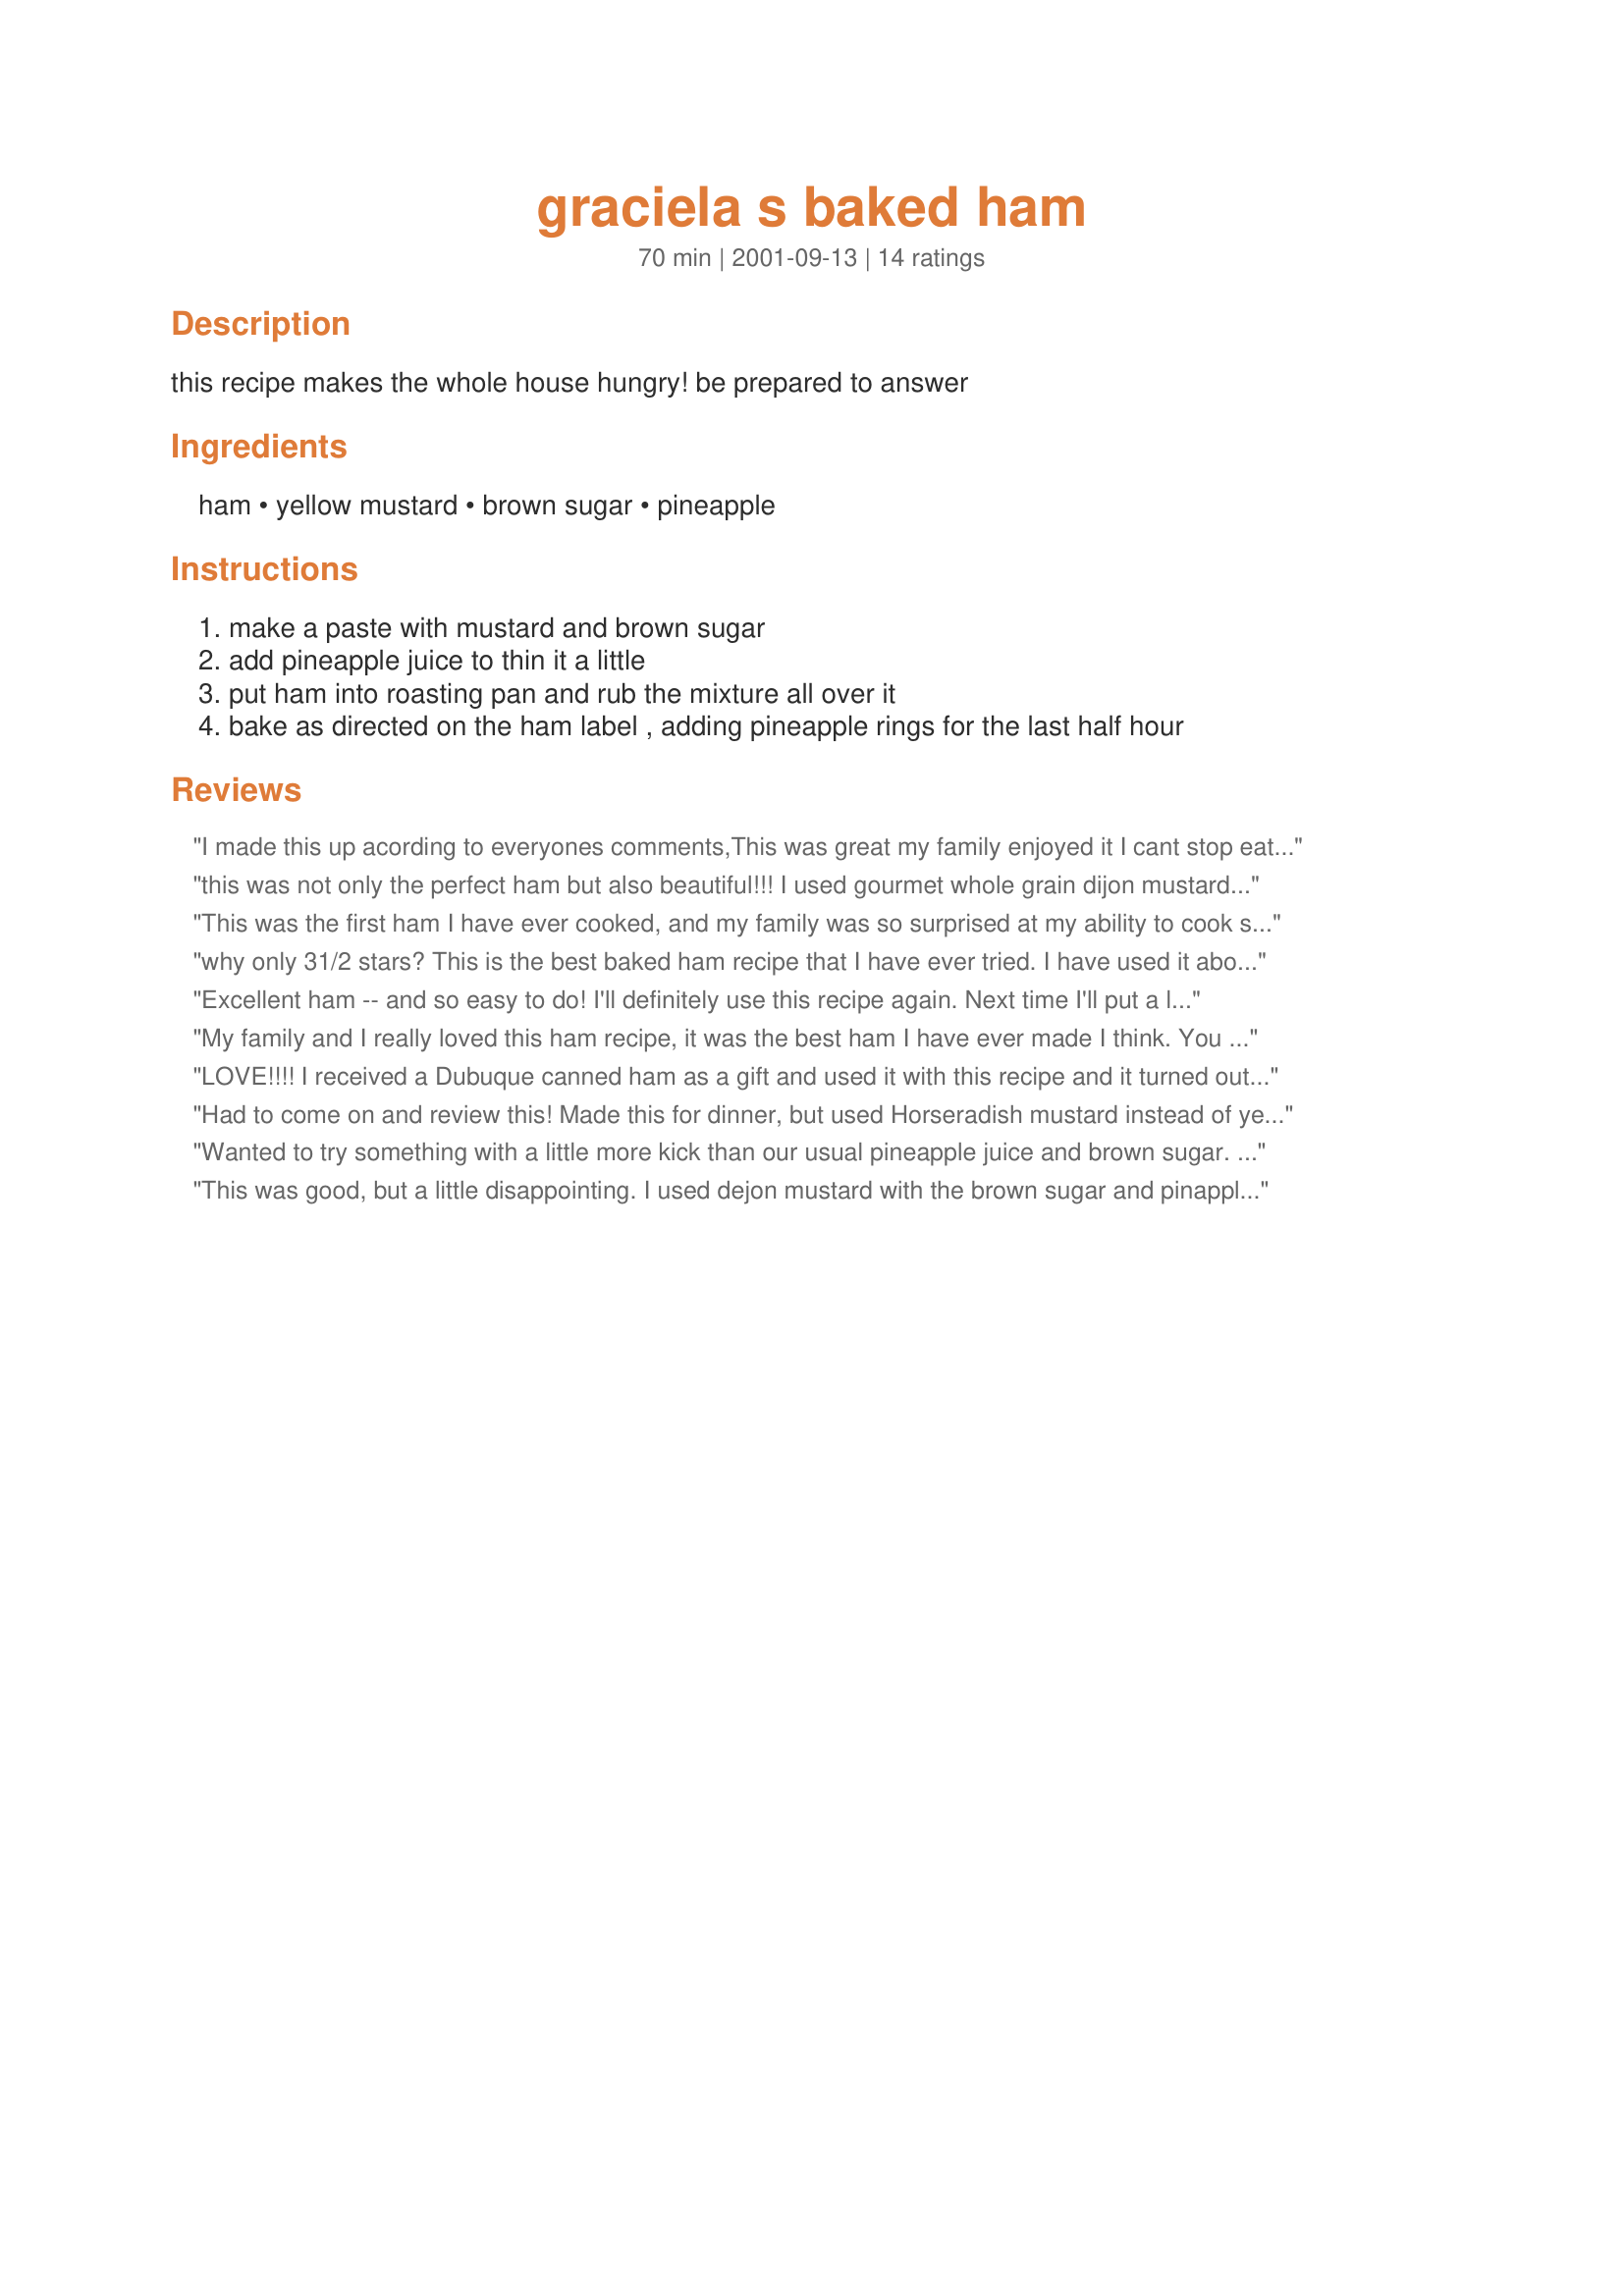
graciela s baked ham
Preparation time: 70 minutes

this recipe makes the whole house hungry! be prepared to answer

Ingredients:
ham, yellow mustard, brown sugar, pineapple

Steps:
make a paste with mustard and brown sugar
add pineapple juice to thin it a little
put ham into roasting pan and rub the mixture all over it
bake as directed on the ham label , adding pineapple rings for the last half hour

Reviews:
I made this up acording to everyones comments,This was great my family enjoyed it I cant stop eating it!
Im sorry the person who gave this a one was so rude to not even make it or read other peoples comments to figure it out. Duh! we figure it out and love it Thanks a million!!!!!!!!!
this was not only the perfect ham but also beautiful!!! I used gourmet whole grain dijon mustard that came in a gift basket. Using chunk pineapple, I poured it over the ham 45 minutes before taking it out. It was gorgeous on the platter with the pineapple chunks surround the ham slices!
This was the first ham I have ever cooked, and my family was so surprised at my ability to cook such a fine ham! Thanks for the great recipe!!
why only 31/2 stars? This is the best baked ham recipe that I have ever tried. I have used it about 5 times since last year. I am Polish past 60 so you know I have baked plenty of hams in my time.
Excellent ham -- and so easy to do! I'll definitely use this recipe again. Next time I'll put a little of the mustard/brown sugar mixture onto the pan first before putting the ham into the pan so the bottom gets more of the glaze. Delicious.
My family and I really loved this ham recipe, it was the best ham I have ever made I think. You were not lying when you said it makes the house smell fantastic so thank's so much for a great eater ham!
LOVE!!!! I received a Dubuque canned ham as a gift and used it with this recipe and it turned out excellent!! I used Dijon mustard mixed with the brown sugar and about a teaspoon of honey and a lil bit of pineapple juice to thin if the paste is too thick....(wich I go according to my likings then actual measurement) but this recipe is great my kids and husband want me to make this for Christmas..and also mentioned they would love it monthly lol
Had to come on and review this! Made this for dinner, but used Horseradish mustard instead of yellow, I just can't handle yellow mustard. This was delicious! the "glaze" was perfect. A great mixture of Salty and sweet flavors! Thanks so much for a wonderful recipe!
Wanted to try something with a little more kick than our usual pineapple juice and brown sugar. The Dijon mustard I used was just what I wanted. I also used a cup of brown sugar, added enough mustard to make a paste and used about 1/4 to 1/3 cup of pineapple juice. It was a very tasty sauce and I will be using this mixture on my ham from now on.
This was good, but a little disappointing. I used dejon mustard with the brown sugar and pinapple rings. It didn't really glaze the ham it kind of curdled on top of the ham but the flavour was good. I really only want to give it a 3 star but it might have been the dejon mustard I don't know, the flavour was worth a 4 star.
I made this ham for Christmas last year. I am getting ready to make it for Christmas again this year. This ham is so delicious and easy to make. I have decided it will be our traditional Christmas meal from now on.
This is a delicious way to bake ham, and very simple. This is the way we have always done it in my family, but we use Dijon mustard, and add cherries with the pineapple rings. Depending on the size of the ham, I usually use about a cup of dark brown sugar, and add enough Dijon to make a good paste consistency. I have found that the thicker the paste is, the better, because it tends to melt and run off the ham as it bakes if it's too thin.
It sounds good, however, she does not give a ratio for the ingredients.
This is delicious. I too started with a cup of brown sugar and added enough dejon mustard to make a paste. I "plastered" the ham with about 3/4 of the mixture, then replastered it again after about 45 minutes. I couldn't bring myself to let any of the paste be unused so I a little water to it and poured it into the bottom of the pan. I forgot to add the pineapple rings, but my family still loved it. Next time I'll try and remember the pineapple. Thank you for a wonderful easter dinner.
